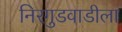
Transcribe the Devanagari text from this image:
निरगुडवाडीला